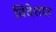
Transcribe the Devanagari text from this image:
विदेशांत